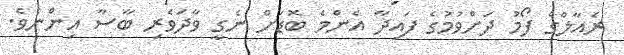
ރެއާލްގެ ފޯމު ދަށްވުމުގެ ފައިދާ އެންމެ ބޮޑަށް ނެގީ ވާދަވެރި ބާސާ އިންނެވެ.